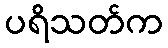
ပရိသတ်က